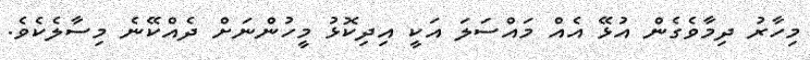
މިހާރު ދިމާވެގެން އުޅޭ އެއް މައްސަލަ އަކީ އިދިކޮޅު މީހުންނަށް ދެއްކޭނެ މިސާލެކެވެ.